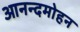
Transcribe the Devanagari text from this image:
आनन्दमोहन